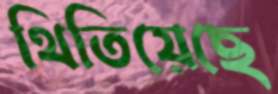
থিতিয়েছে